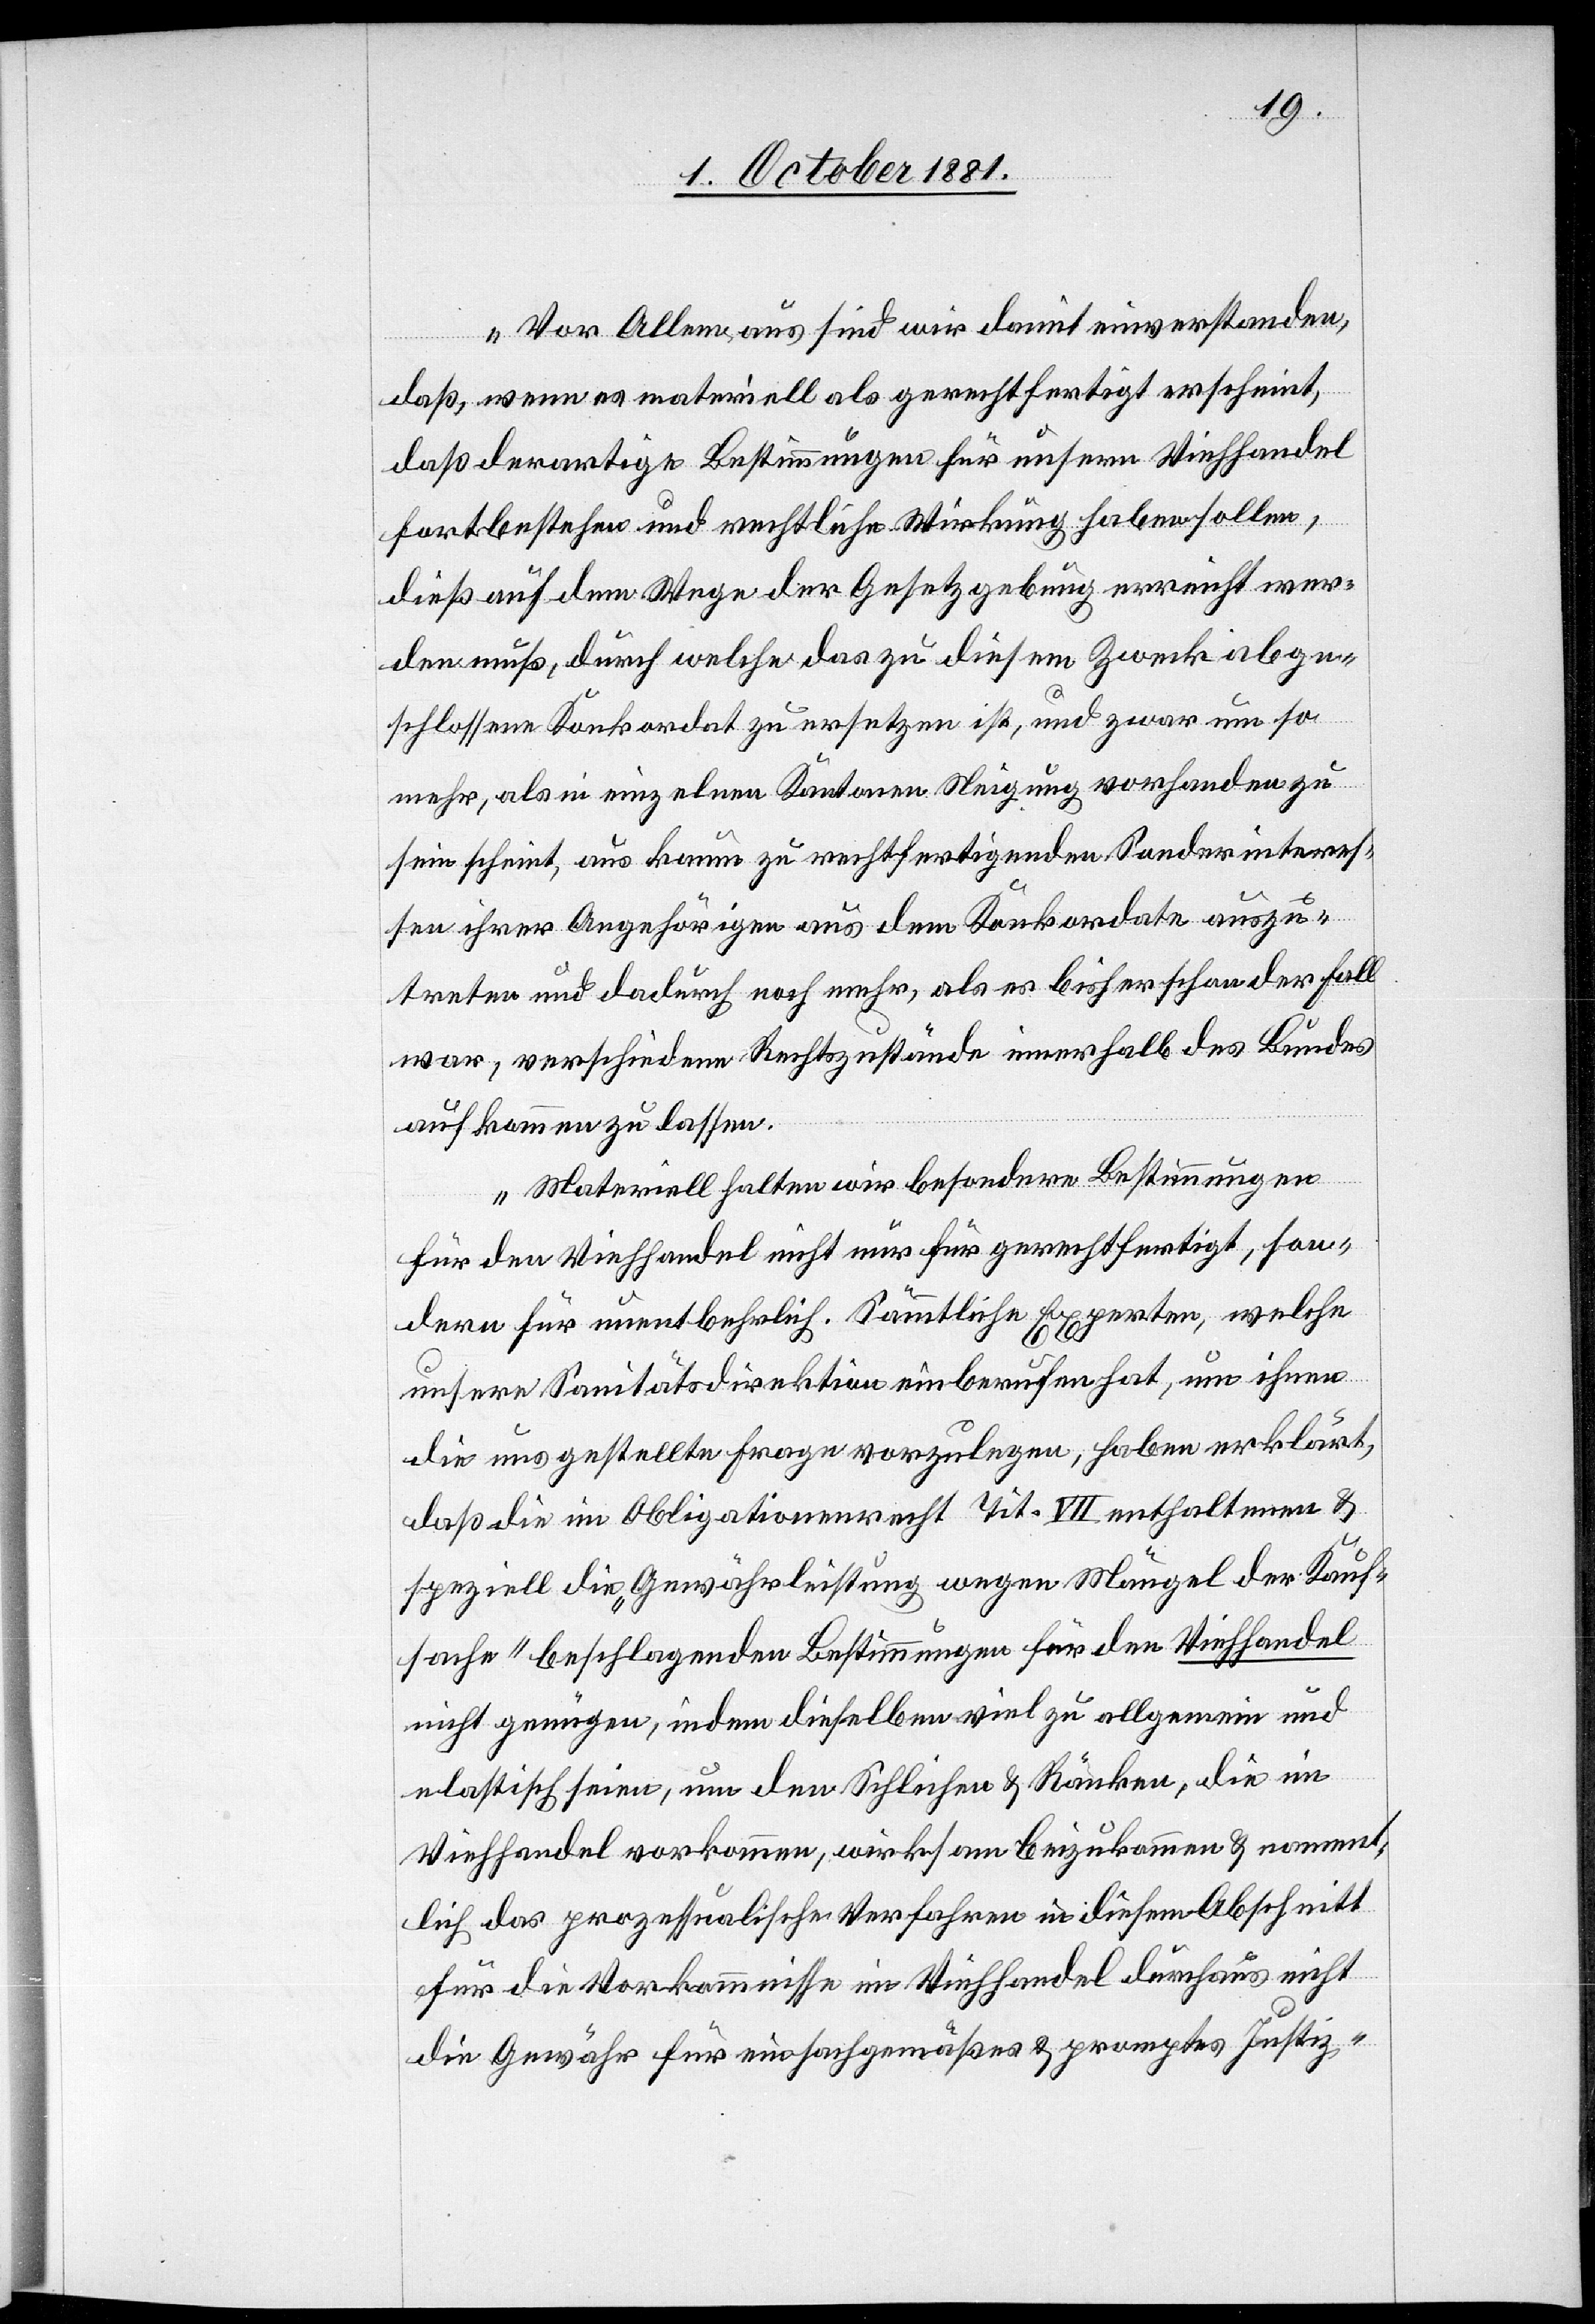
Vor Allem aus sind wir damit einverstanden,
daß wenn es materiell als gerechtfertigt erscheint,
daß derartige Bestimmungen für unsern Viehhandel
fortbestehen und rechtliche Wirkung haben sollen,
dieß auf dem Wege der Gesetzgebung erreicht wer¬
den muß, durch welche das zu diesem Zweck abge¬
schlossene Konkordat zu ersetzen ist, und zwar um so
mehr, als in einzelnen Kantonen Neigung vorhanden zu
sein scheint, uns kaum zu rechtfertigenden Sonderinteres¬
sen ihrer Angehörigen aus dem Konkordate auszu¬
treten und dadurch noch mehr, als es bisher schon der Fall
war, verschiedene Rechtszustände innerhalb des Bundes
aufkommen zu lassen.
Materiell halten wir besondere Bestimmungen
für den Viehhandel nicht nur für gerechtfertigt, son¬
dern für unentbehrlich. Sämmtliche Experten, welche
unsere Sanitätsdirektion einberufen hat, im ihnen
die uns gestellte Frage vorzulegen, haben erklärt,
daß die im Obligationenrecht Tit. VII enthaltenen &
speziell die „Gewährleistung wegen Mängel der Kauf¬
sache“ beschlagenden Bestimmungen für den Viehhandel
nicht genügen, indem dieselben viel zu allgemein und
elastisch seien, um den Schlichen & Ränken, die im
Viehhandel vorkommen, wirksam beizukommen & nament¬
lich das prozessualische Verfahren in diesem Abschnitt
für die Vorkommnisse im Viehhandel durchaus nicht
die Gewähr für ein sachgemäßes & promptes Justiz-